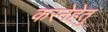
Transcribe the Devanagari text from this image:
करनेहेतु